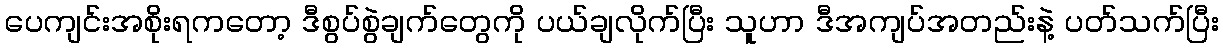
ပေကျင်းအစိုးရကတော့ ဒီစွပ်စွဲချက်တွေကို ပယ်ချလိုက်ပြီး သူဟာ ဒီအကျပ်အတည်းနဲ့ ပတ်သက်ပြီး